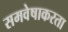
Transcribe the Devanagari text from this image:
समवेषाकरता